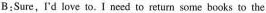
B:Sure, I'd love to. I need to return some books to the